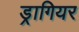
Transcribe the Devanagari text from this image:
ड्रागियर